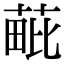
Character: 𦳈